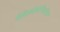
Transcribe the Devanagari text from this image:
पेरिओदोन्तितिस